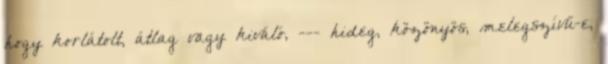
hogy korlátolt, átlag vagy kiváló, --- hideg, közönyös, melegszívű-e,